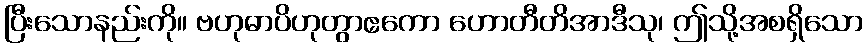
ပြီးသောနည်းကို။ ဗဟုဓာပိဟုတွာဧကော ဟောတီတိအာဒီသု၊ ဤသို့အစရှိသော